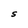
Character: S